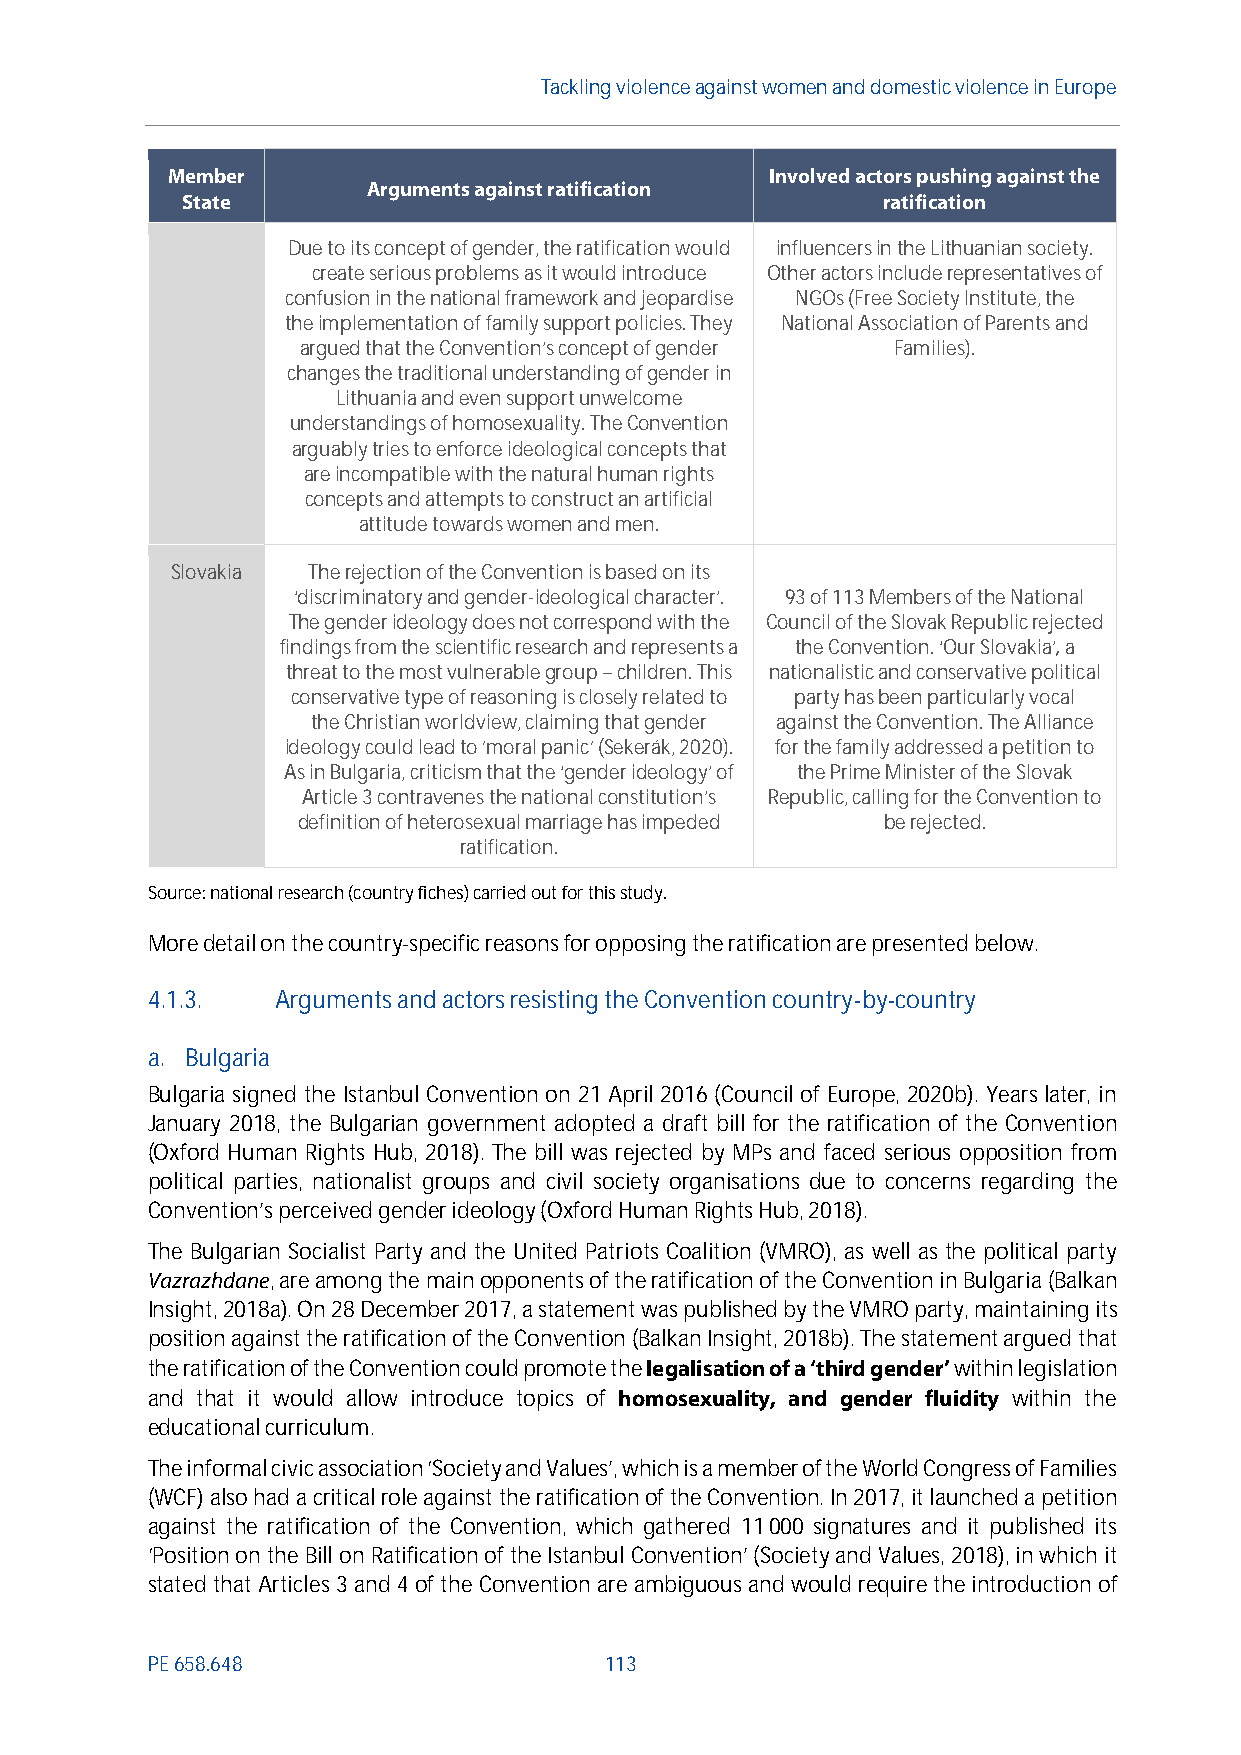
Tackling violenceagainst women and domestic violence in Europe
 Member                                  Involved actors pushing against the
 Arguments against ratification
 State                                         ratification
 Due to its concept of gender, the ratification would influencers in the Lithuanian society.
 create serious problems as it would introduce Other actors includerepresentatives of
 confusion in the national framework and jeopardise NGOs (Free Society Institute, the
 the implementation of family support policies. They National Association of Parents and
 argued that the Convention’s concept of gender Families).
 changes the traditional understanding of gender in
 Lithuania and even support unwelcome
 understandings of homosexuality. TheConvention
 arguably tries to enforce ideological concepts that
 are incompatible with the natural human rights
 concepts and attempts to construct an artificial
 attitude towards women and men.
 Slovakia Therejection of the Convention is based on its
 ‘discriminatory and gender-ideological character’. 93 of 113 Members of the National
 The gender ideology does not correspond with the Council of the Slovak Republic rejected
 findings from the scientific research and represents a the Convention.‘Our Slovakia’,a
 threat to the most vulnerablegroup–children. This nationalistic and conservative political
 conservative type of reasoning is closely related to party has beenparticularly vocal
 the Christian worldview, claiming that gender against the Convention.The Alliance
 ideology could lead to 'moral panic' (Sekerák, 2020). for the family addressed a petition to
 As in Bulgaria, criticism that the ‘gender ideology’ of the Prime Minister of the Slovak
 Article 3 contravenes the national constitution’s Republic, calling for the Convention to
 definition of heterosexual marriage has impeded be rejected.
 ratification.
 Source: national research (country fiches) carried out for this study.
 Moredetail on the country-specific reasons for opposing the ratification are presented below.
 4.1.3.  Arguments and actors resisting the Convention country-by-country
 a. Bulgaria
 Bulgaria signed the Istanbul Convention on 21 April 2016 (Council of Europe, 2020b). Years later, in
 January 2018, the Bulgarian government adopted a draft bill for the ratification of the Convention
 (Oxford Human Rights Hub, 2018). The bill was rejected by MPs and faced serious opposition from
 political parties, nationalist groups and civil society organisations due to concerns regarding the
 Convention’s perceived gender ideology (Oxford Human Rights Hub, 2018).
 The Bulgarian Socialist Party and the United Patriots Coalition (VMRO), as well as the political party
 Vazrazhdane, areamong the mainopponents of the ratification of the Convention in Bulgaria (Balkan
 Insight, 2018a). On 28 December 2017, a statement was published by the VMRO party, maintaining its
 position against the ratification of the Convention (Balkan Insight, 2018b). The statement argued that
 the ratification of the Convention could promote thelegalisation of a ‘third gender’within legislation
 and that it would allow introduce topics of homosexuality, and gender fluidity within the
 educational curriculum.
 The informal civic association ‘Society and Values’, which is a member of the World Congress of Families
 (WCF) also had a critical role against the ratification of the Convention. In 2017, it launched a petition
 against the ratification of the Convention, which gathered 11000 signatures and it published its
 ‘Position on the Bill on Ratification of the Istanbul Convention’ (Society and Values, 2018), in which it
 stated that Articles 3 and 4 of the Convention are ambiguous and would require the introduction of
 PE658.648                     113